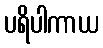
ပရိပါကာယ